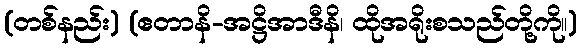
(တစ်နည်း) (ဧတာနိ-အဋ္ဌိအာဒီနိ၊ ထိုအရိုးစသည်တို့ကို။)